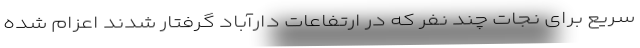
سریع برای نجات چند نفر که در ارتفاعات دارآباد گرفتار شدند اعزام شده